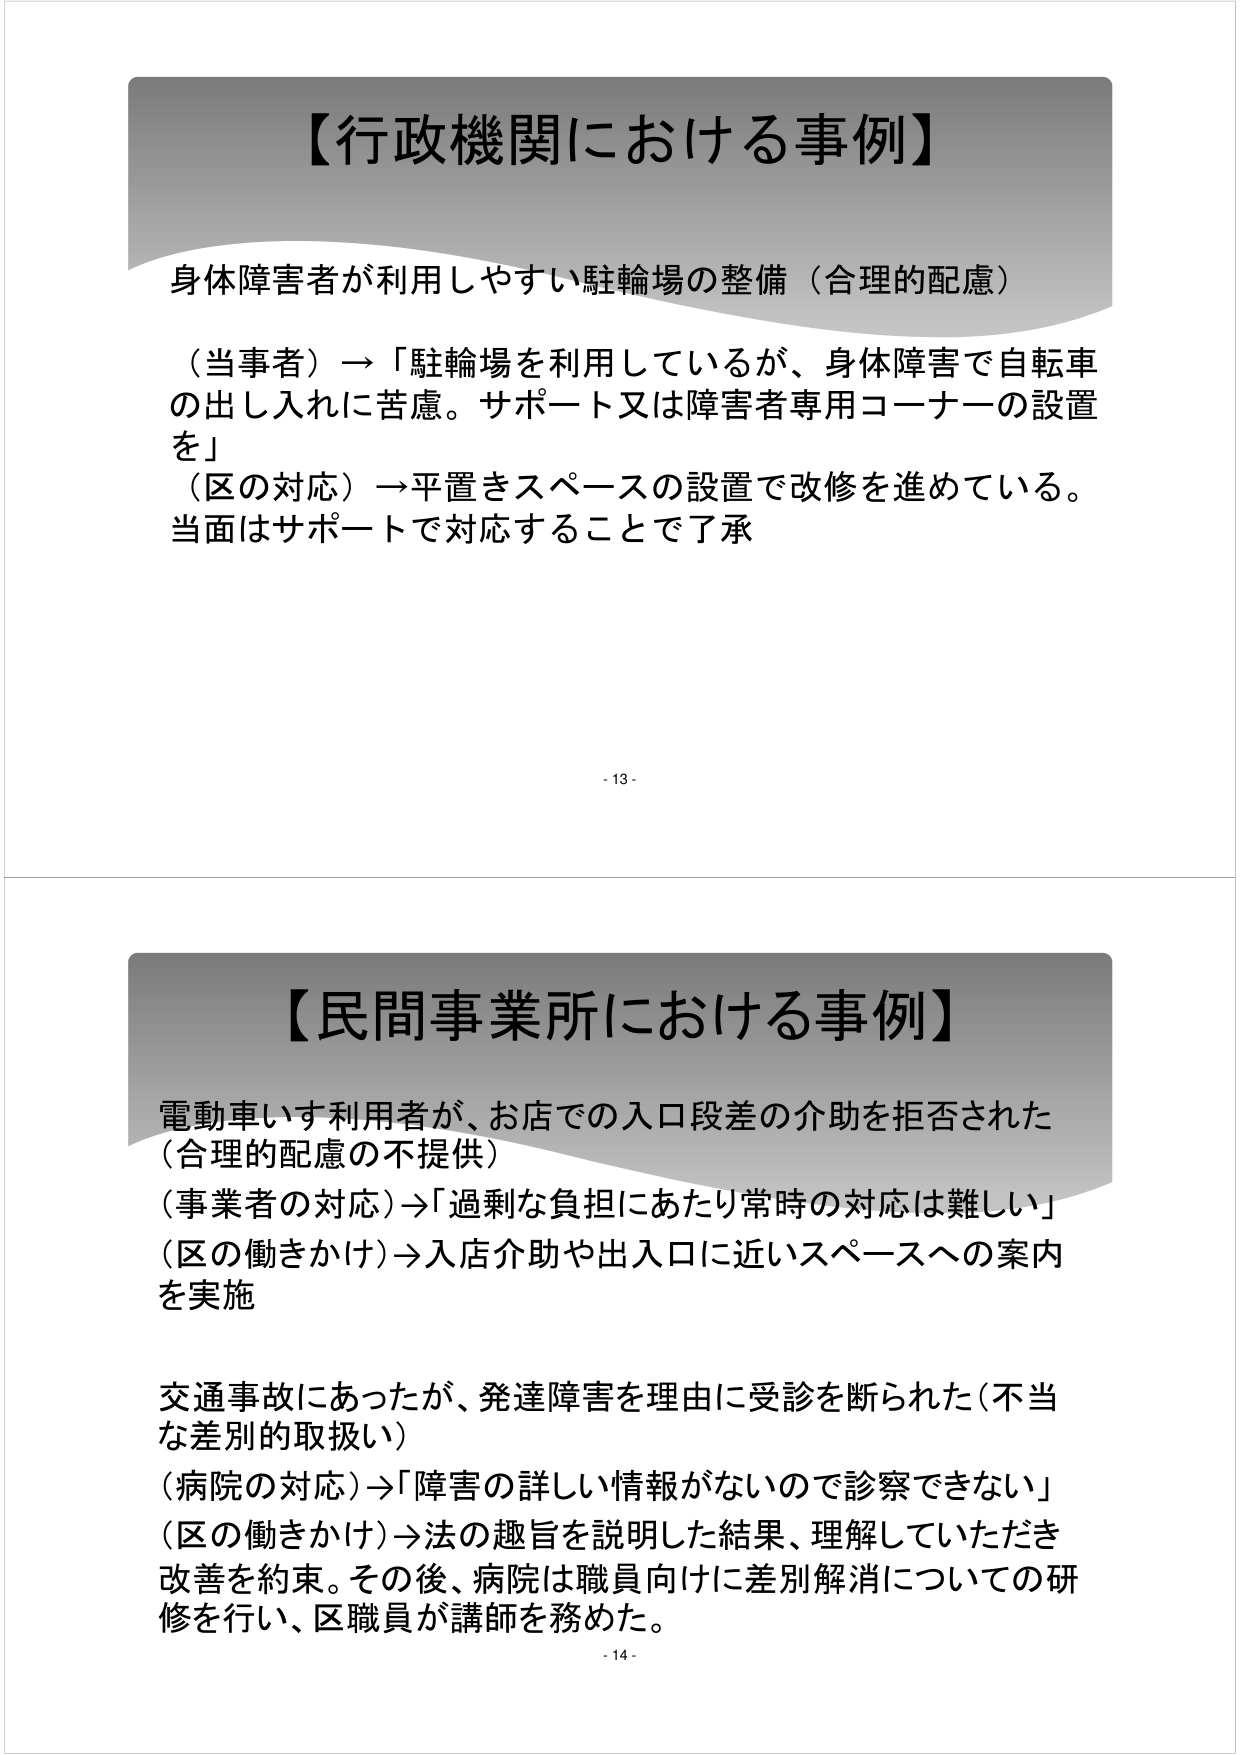
【行政機関における事例】
身体障害者が利用しやすい駐輪場の整備（合理的配慮）
（当事者）→「駐輪場を利用しているが、身体障害で自転車の出し入れに苦慮。サポート又は障害者専用コーナーの設置を」
（区の対応）→平置きスペースの設置で改修を進めている。当面はサポートで対応することで了承

- 13 -

【民間事業所における事例】
電動車いす利用者が、お店での入口段差の介助を拒否された（合理的配慮の不提供）
（事業者の対応）→「過剰な負担にあたり常時の対応は難しい」
（区の働きかけ）→入店介助や出入口に近いスペースへの案内を実施

交通事故にあったが、発達障害を理由に受診を断られた（不当な差別的取扱い）
（病院の対応）→「障害の詳しい情報がないので診察できない」
（区の働きかけ）→法の趣旨を説明した結果、理解していただき改善を約束。その後、病院は職員向けに差別解消についての研修を行い、区職員が講師を務めた。

- 14 -